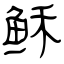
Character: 稣